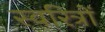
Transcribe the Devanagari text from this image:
स्वरित्रों